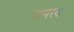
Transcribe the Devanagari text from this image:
अमरण